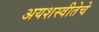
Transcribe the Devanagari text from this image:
अयशस्वीतेचे